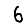
Digit: 6